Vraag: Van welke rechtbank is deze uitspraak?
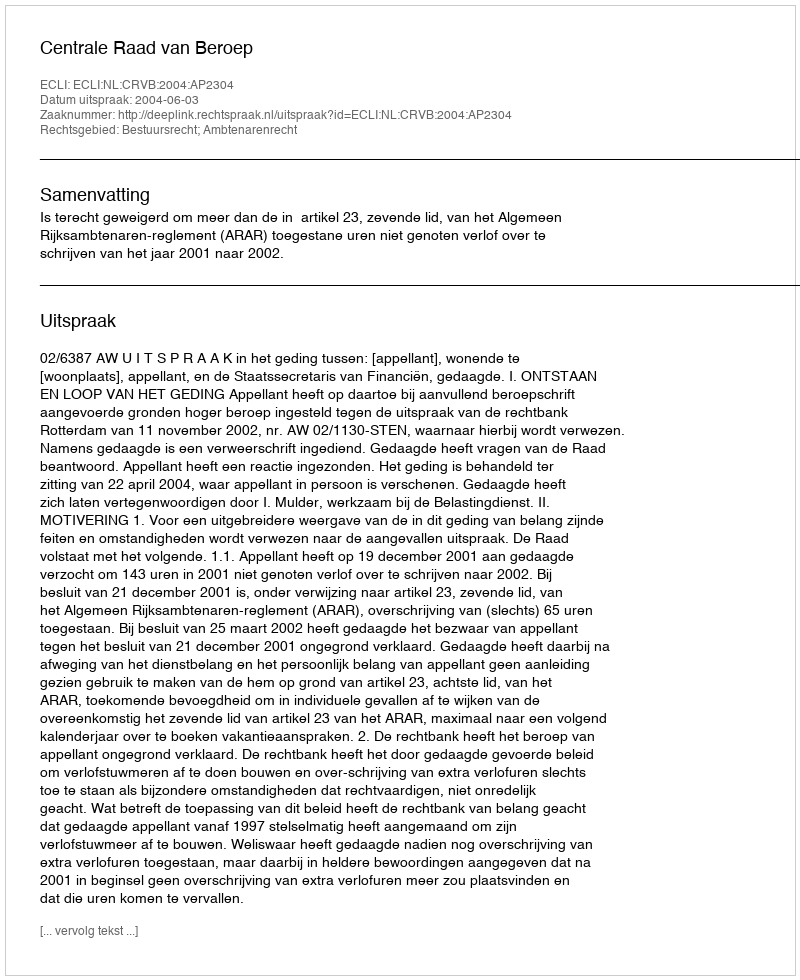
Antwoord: Centrale Raad van Beroep